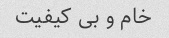
خام و بی کیفیت